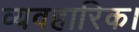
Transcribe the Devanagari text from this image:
व्यवहारिक।